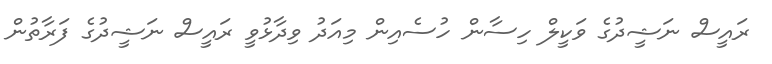
ރައީސް ނަޝީދުގެ ވަކީލް ހިސާން ހުސެއިން މިއަދު ވިދާޅުވީ ރައީސް ނަޝީދުގެ ފަރާތުން